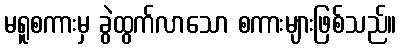
မရူစကားမှ ခွဲထွက်လာသော စကားများဖြစ်သည်။